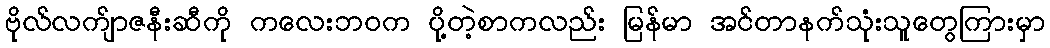
ဗိုလ်လက်ျာဇနီးဆီကို ကလေးဘဝက ပို့တဲ့စာကလည်း မြန်မာ အင်တာနက်သုံးသူတွေကြားမှာ